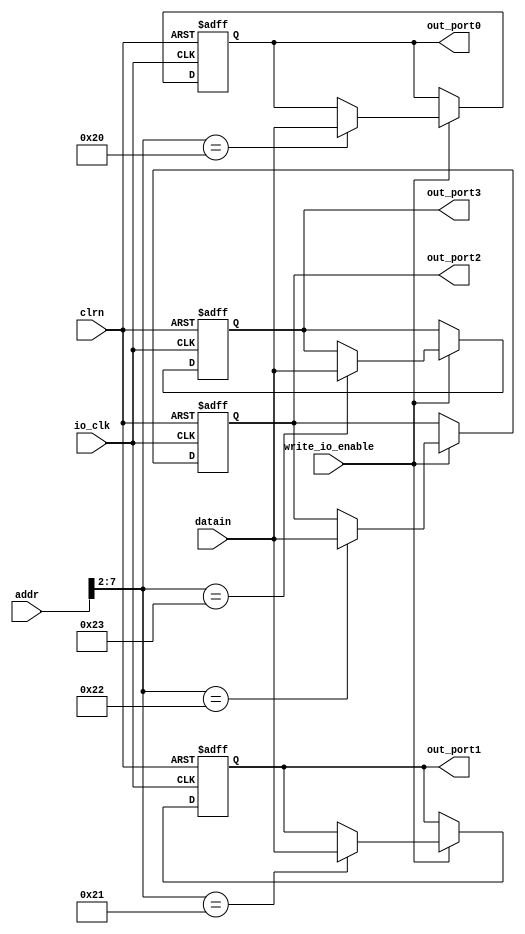
module io_output_reg (addr,datain,write_io_enable,io_clk,clrn,out_port0,out_port1, out_port2, out_port3); 

	input [31:0] addr,datain;
	input write_io_enable,io_clk;
	input clrn;

	//reset signal. if necessary,can use this signal to reset the output to 0. 
	output  [31:0]  out_port0,out_port1, out_port2, out_port3;

	reg [31:0] out_port0;     // output port0
	reg [31:0] out_port1;     // output port1
	reg [31:0] out_port2;
	reg [31:0] out_port3;

	always @(posedge io_clk or negedge clrn)
		begin
			if (clrn == 0)
				begin                 // reset
					out_port0 <=0;
					out_port1 <=0;      // reset all the output port to 0.
					out_port2 <=0;
					out_port3 <=0;
				end
			else
				begin
					if (write_io_enable == 1)
						case (addr[7:2])
						6'b100000: out_port0 <= datain;   // 80h
						6'b100001: out_port1 <= datain;   // 84h // more ports
						6'b100010: out_port2 <= datain;
						6'b100011: out_port3 <= datain;
						endcase
				end
		end
endmodule